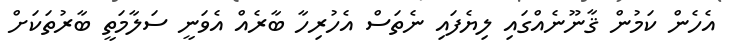
އެހެން ކަމުން ޤާނޫނެއްގައި ލިޔެފައި ނެތަސް އެހުރިހާ ބާރެއް އެވަނީ ސަލާމަތީ ބާރުތަކަށް